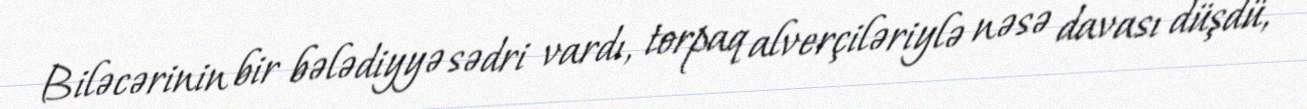
Biləcərinin bir bələdiyyə sədri vardı, torpaq alverçiləriylə nəsə davası düşdü,